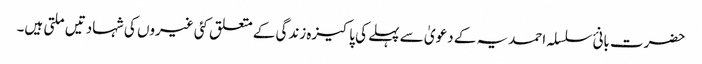
حضرت بانئ سلسلہ احمدیہ کے دعویٰ سے پہلے کی پاکیزہ زندگی کے متعلق کئی غیروں کی شہادتیں ملتی ہیں۔